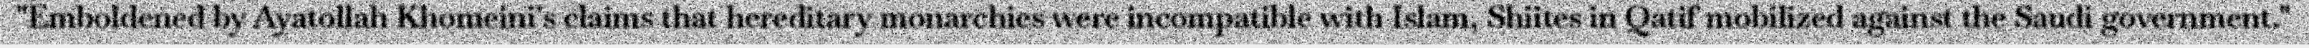
"Emboldened by Ayatollah Khomeini's claims that hereditary monarchies were incompatible with Islam, Shiites in Qatif mobilized against the Saudi government."